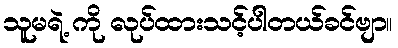
သူမရဲ့ ကို လုပ်ထားသင့်ပါတယ်ခင်ဗျာ။